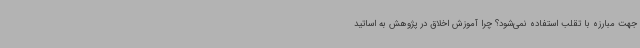
جهت مبارزه با تقلب استفاده نمی‌شود؟ چرا آموزش اخلاق در پژوهش به اساتید